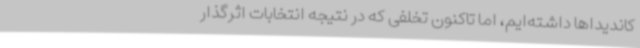
کاندیداها داشته‌ایم، اما تاکنون تخلفی که در نتیجه انتخابات اثرگذار